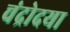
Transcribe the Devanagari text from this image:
चंद्रोदया